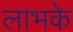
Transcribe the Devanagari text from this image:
लाभके